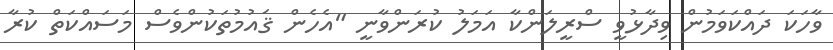
ވާހަކަ ދައްކަވަމުން ވިދާޅުވީ ސްރީލަންކާ އަމަލު ކުރަންވާނީ "އެހެން ޤައުމުތަކުންވެސް މަސައްކަތް ކުރާ